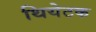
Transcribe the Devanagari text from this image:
थियेटक